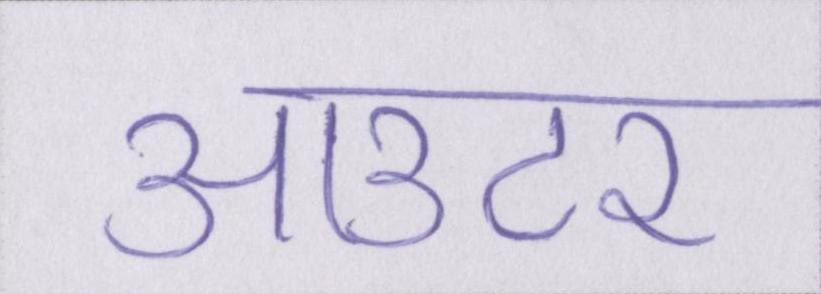
आउटर